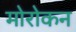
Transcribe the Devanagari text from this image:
मोरोकन